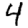
Digit: 4